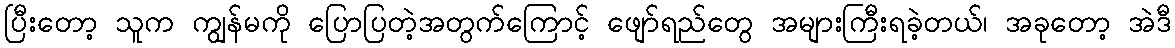
ပြီးတော့ သူက ကျွန်မကို ပြောပြတဲ့အတွက်ကြောင့် ဖျော်ရည်တွေ အများကြီးရခဲ့တယ်၊ အခုတော့ အဲဒီ